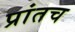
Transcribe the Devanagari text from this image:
प्रांतच